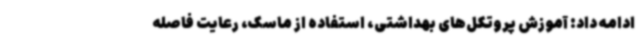
ادامه داد: آموزش پروتکل‌های بهداشتی، استفاده از ماسک، رعایت فاصله